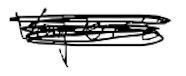
Text: vapors
Cross-out: scratch
Writing tool: digital_black